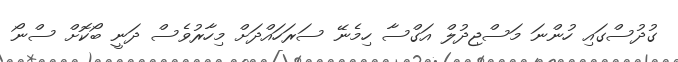
ގުދުސްގައި ހުންނަ މަސްޖިދުލް އަގްސާ ހިމެނޭ ސަރަހައްދަށް މިހާރުވެސް ދަނީ ބޯކޮށް ސްނޯ